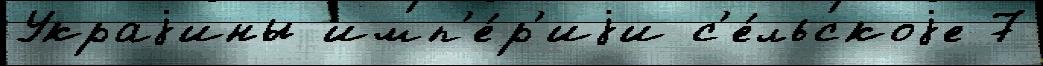
Украjины имп'е́р'иjи с'е́льскоjе 7